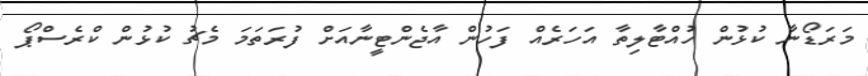
މަރަޑޯނާ ކުޅުން ހުއްޓާލިތާ އަހަރެއް ފަހުން އާޖެންޓީނާއަށް ފުރަތަމަ މެޗު ކުޅުން ކްރެސްޕޯ